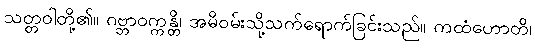
သတ္တဝါတို့၏။ ဂဗ္ဘာဝက္ကန္တိ၊ အမိဝမ်းသို့သက်ရောက်ခြင်းသည်။ ကထံဟောတိ၊